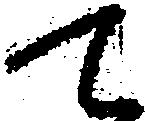
て